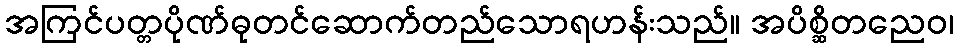
အကြင်ပတ္တပိုဏ်ဓုတင်ဆောက်တည်သောရဟန်းသည်။ အပိစ္ဆိတညေဝ၊